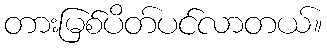
တားမြစ်ပိတ်ပင်လာတယ်။